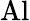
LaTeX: \mathrm{Al}